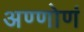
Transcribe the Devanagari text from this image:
अण्णोणं